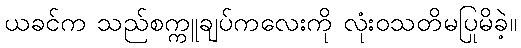
ယခင်က သည်စက္ကူချပ်ကလေးကို လုံးဝသတိမပြုမိခဲ့။